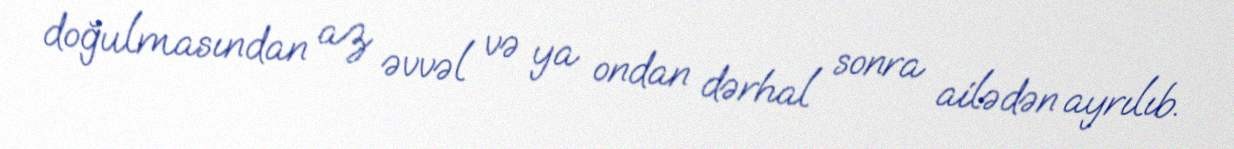
doğulmasından az əvvəl və ya ondan dərhal sonra ailədən ayrılıb.